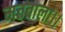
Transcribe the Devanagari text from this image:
मतवाला।।